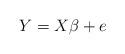
LaTeX: \begin{align*}Y=X\beta + e\end{align*}